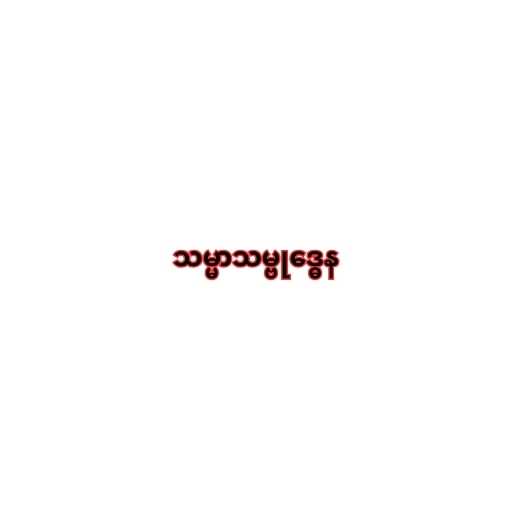
သမ္မာသမ္ဗုဒ္ဓေန